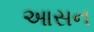
આસન